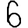
Digit: 6